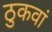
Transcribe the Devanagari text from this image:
ठुकवां